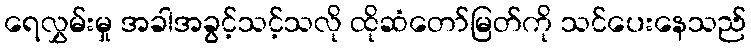
ရေလွှမ်းမှု အခါအခွင့်သင့်သလို ထိုဆံတော်မြတ်ကို သင်ပေးနေသည်